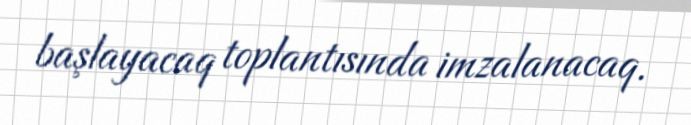
başlayacaq toplantısında imzalanacaq.